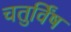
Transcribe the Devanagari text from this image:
चतुर्विंष